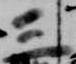
三